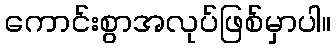
ကောင်းစွာအလုပ်ဖြစ်မှာပါ။